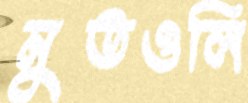
মুতওলি